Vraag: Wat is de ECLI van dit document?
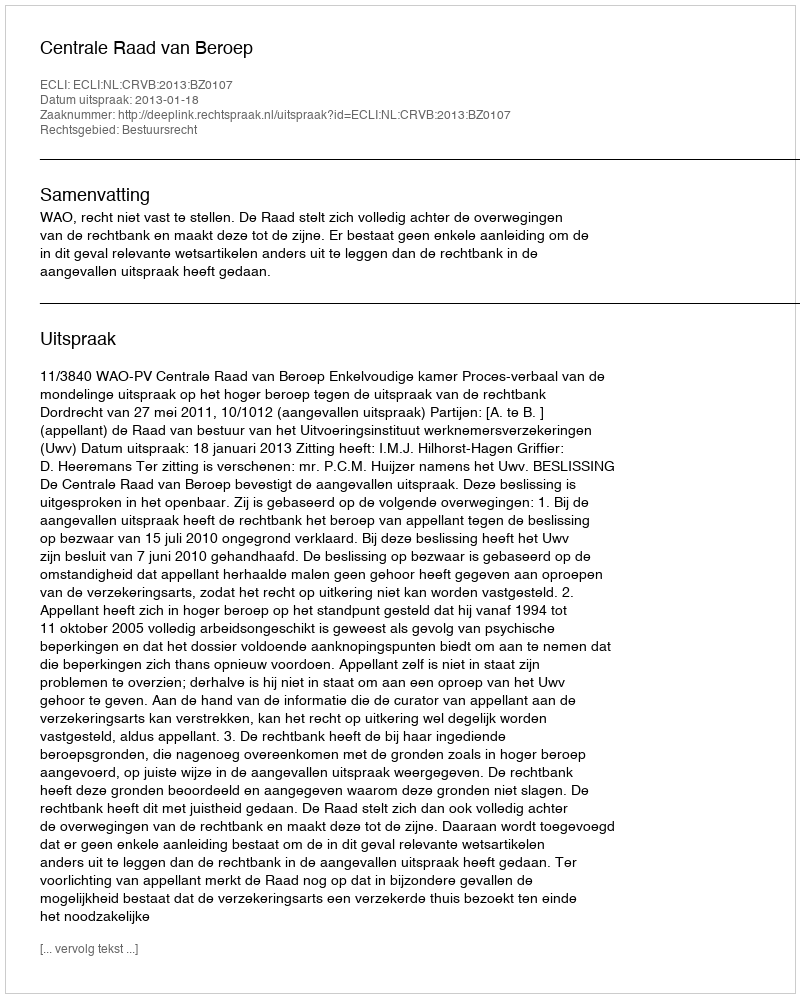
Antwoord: ECLI:NL:CRVB:2013:BZ0107